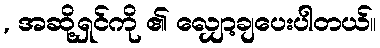
, အဆို့ရှင်ကို ၏ လျှော့ချပေးပါတယ်။